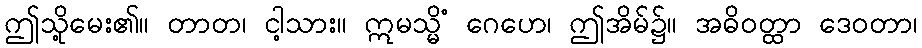
ဤသို့မေး၏။ တာတ၊ ငါ့သား။ ဣမသ္မိံ ဂေဟေ၊ ဤအိမ်၌။ အဓိဝတ္ထာ ဒေဝတာ၊